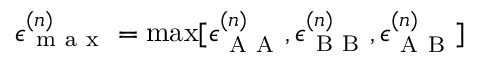
\epsilon _ { \mathrm { ~ m ~ a ~ x ~ } } ^ { ( n ) } = \operatorname* { m a x } [ \epsilon _ { \mathrm { ~ A ~ A ~ } } ^ { ( n ) } , \epsilon _ { \mathrm { ~ B ~ B ~ } } ^ { ( n ) } , \epsilon _ { \mathrm { ~ A ~ B ~ } } ^ { ( n ) } ]